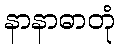
နာနာဓာတုံ